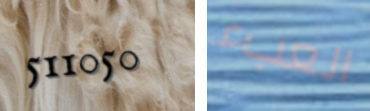
511050 العبء